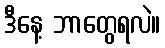
ဒီနေ့ ဘာတွေရလဲ။